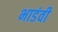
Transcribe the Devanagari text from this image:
भाडंवी